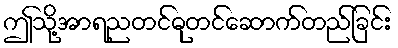
ဤသို့အာရညတင်ဓုတင်ဆောက်တည်ခြင်း